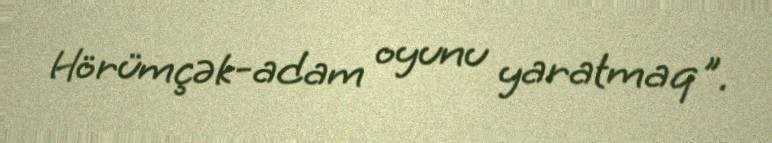
Hörümçək-adam oyunu yaratmaq".